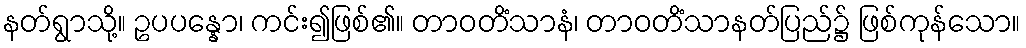
နတ်ရွာသို့။ ဥပပန္နော၊ ကင်း၍ဖြစ်၏။ တာဝတိံသာနံ၊ တာဝတိံသာနတ်ပြည်၌ ဖြစ်ကုန်သော။